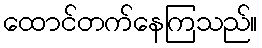
ထောင်တက်နေကြသည်။